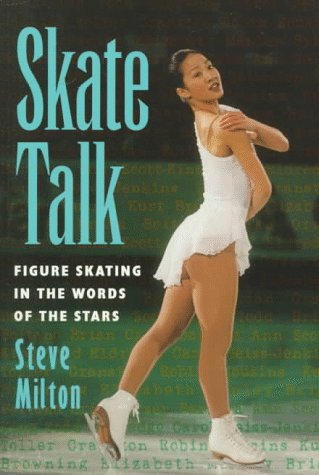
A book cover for Skate Talk: Figure Skating in the Words of the Stars; Steve Milton; Sports & Outdoors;